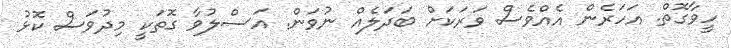
ހީވާގޮތް. އަހަރެން އެއްވެސް ވަރަކަށް ބަދަލެއް ނުވަން. އަސްލުވާ ގޮތަކީ މިދުވަސް ކޮޅު